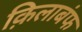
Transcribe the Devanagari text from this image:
क़िलाबंफ